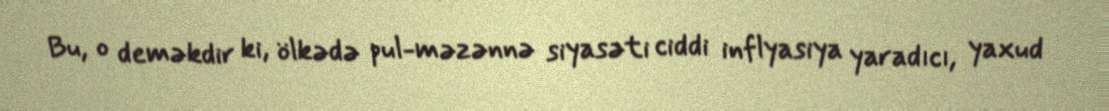
Bu, o deməkdir ki, ölkədə pul-məzənnə siyasəti ciddi inflyasiya yaradıcı, yaxud